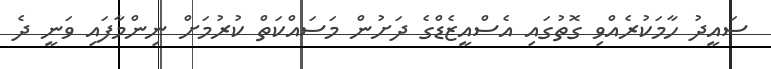
ސައީދު ހާމަކުރެއްވި ގޮތުގައި އެސްއީޒެޑްގެ ދަށުން މަސައްކަތް ކުރުމަށް ނިންމާފައި ވަނީ ދެ